Annual report of the Imperial Bacteriologist
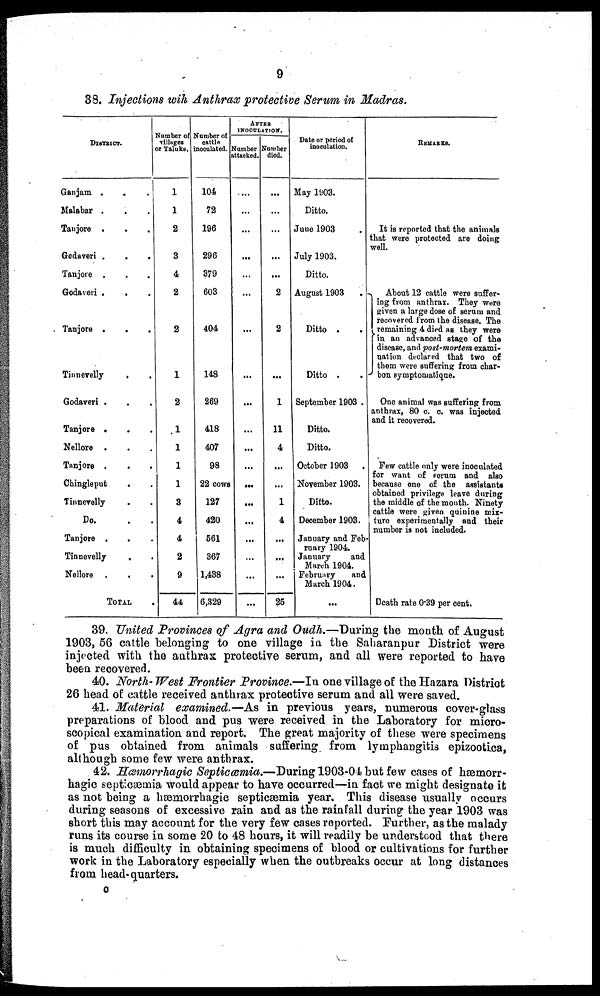
9
38. Injections wih Anthrax protective Serum in Madras.
DISTRICT.
Ganjam . . .
Malabar . . .
Tanjore . . .
Godaveri .
.
.
Tanjore . . .
Godaveri .
. .
Tanjore .
. .
Tinnevelly . . .
Godaveri . . .
Tanjore . . .
Nellore . . .
Tanjore . . .
Chingleput . . .
Tinnevelly . .
Do. . .
Tanjore . . .
Tinnevelly . .
Nellore . . .
TOTAL .
Number of
villages
or Taluks.
1
1
2
3
4
2
2
1
2
1
1
1
1
3
4
4
2
9
44
Number of
Cattle
inoculated.
104
72
196
296
379
603
404
148
269
418
407
98
22 cows
127
420
561
367
1,438
6,329
AFTER
INOCULATION.
attacked.
...
...
...
...
...
...
...
...
...
...
...
...
...
...
...
...
...
...
...
died.
...
...
...
...
...
2
2
...
1
11
4
...
...
1
4
...
...
...
25
Date or period of
inoculation.
May 1903.
Ditto.
June 1903
July 1903.
Ditto.
August 1903 .
Ditto . .
Ditto . .
September 1903 .
Ditto.
Ditto.
October 1903
November 1903.
Ditto.
December 1903.
January and Feb
ruary 1904.
January
and
March 1904.
February
and
March 1904.
...
REMARKS.
It is reported that the animals
that were protected are doing
well.
About 12 cattle were suffer-
ing from anthrax. They were
given a large dose of serum and
recovered from the disease. The
}remaining 4 died as they were
in an advanced stage of the
disease, and post-mortem exami¬
nation declared that two of
them were suffering from char-
bon symptoniatique.
One animal was suffering from
anthrax, 80 c. c. was injected
and it recovered.
Few cattle only were inoculated
for want of Serum and also
because one of the assistants
obtained privilege leave during
the middle of the month. Ninety
cattle were given quinine mix-
ture experimentally and their
number is not included.
Death rate 0.39 per cent.
39. United Provinces of Agra and Oudh.—During the month of August
1903, 56 cattle belonging to one village in the Saharanpur District were
injected with the anthrax protective serum, and all were reported to have
been recovered.
40. North-West Frontier Province.—In one village of the Hazara District
26 head of cattle received anthrax protective serum and all were saved.
41. Material examined.-—As in previous years, numerous cover-glass
preparations of blood and pus were received in the Laboratory for micro-
scopical examination and report. The great majority of these were specimens
of pus obtained from animals suffering from lymphangitis epizootica,
although some few were anthrax.
42. Hæmorrhagic Septicæmia.—During 1903-04 but few cases of hæmorr-
hagic septicæmia would appear to have occurred—in fact we might designate it
as not being a hæmorrhagic septicæmia year. This disease usually occurs
during seasons of excessive rain and as the rainfall during the year 1903 was
short this may account for the very few cases reported. Further, as the malady
runs its course in some 20 to 48 hours, it will readily be understood that there
is much difficulty in obtaining specimens of blood or cultivations for further
work in the Laboratory especially when the outbreaks occur at long distances
from head-quarters.
C